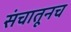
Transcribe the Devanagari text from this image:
संचातूनच